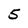
Character: 5